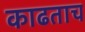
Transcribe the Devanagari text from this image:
काढताच